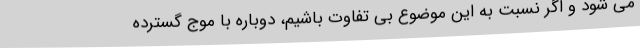
می شود و اگر نسبت به این موضوع بی تفاوت باشیم، دوباره با موج گسترده